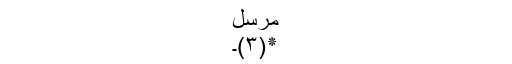
مرسل
٭(۳)۔